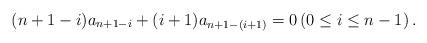
LaTeX: \begin{align*} (n+1-i)a_{n+1-i}+(i+1)a_{n+1-(i+1)}=0 \left(0\leq i\leq n-1\right).\end{align*}